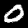
Digit: 0